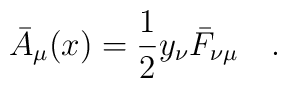
\bar A_{\mu}(x) = {1\over 2}y_{\nu}\bar F_{\nu\mu}\quad .\\